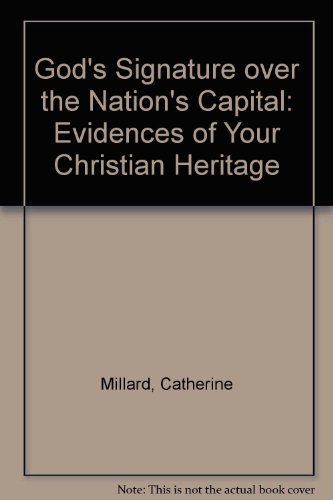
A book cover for God's Signature over the Nation's Capital: Evidences of Your Christian Heritage; Catherine Millard; Travel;